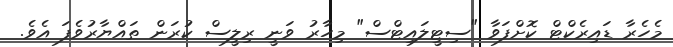
މެހެރާ ޑައިރެކްޓް ކޮށްފަވާ "ސިޓީލައިޓްސް" މިހާރު ވަނީ ރިލީސް ކުރަން ތައްޔާރުވެފަ އެވެ.